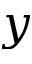
y